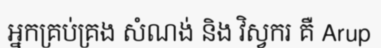
អ្នកគ្រប់គ្រង សំណង់ និង វិស្វករ គឺ Arup